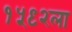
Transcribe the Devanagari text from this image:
१५९२ला